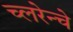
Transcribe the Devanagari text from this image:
च्लरेन्चे